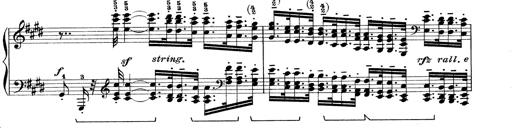
Title: Rapsodie: 19 ungheresi, 1 spagnuola
Composer: Franz Liszt